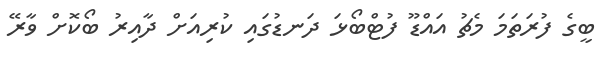
ބީގެ ފުރަތަމަ މެޗު އައްޑޫ ފުޓްބޯޅަ ދަނޑުގައި ކުރިއަށް ދާއިރު ބޯކޮށް ވާރޭ